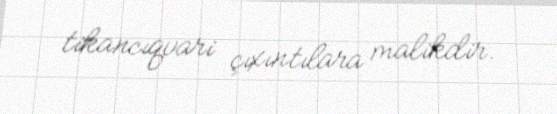
tikancıqvari çıxıntılara malikdir.